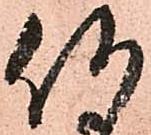
何